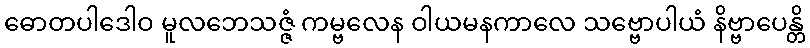
ဓောတပါဒေါဝ မူလဘေသဇ္ဇံ ကမ္ဗလေန ဝါယမနကာလေ သဗ္ဗောပါယံ နိဗ္ဗာပေန္တိ